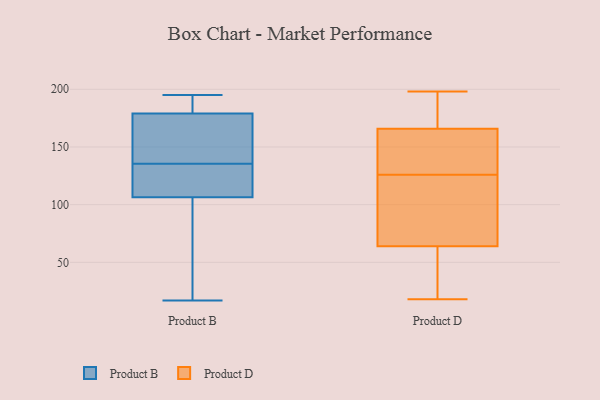
{"axis": {"x": "Bounce Rate (%)", "y": "Value"}, "legend": ["Product B", "Product D"], "data": [{"x": "", "y": 144, "type": "Product B"}, {"x": "", "y": 104, "type": "Product B"}, {"x": "", "y": 134, "type": "Product B"}, {"x": "", "y": 181, "type": "Product B"}, {"x": "", "y": 26, "type": "Product B"}, {"x": "", "y": 177, "type": "Product B"}, {"x": "", "y": 137, "type": "Product B"}, {"x": "", "y": 17, "type": "Product B"}, {"x": "", "y": 110, "type": "Product B"}, {"x": "", "y": 195, "type": "Product B"}, {"x": "", "y": 190, "type": "Product B"}, {"x": "", "y": 109, "type": "Product B"}, {"x": "", "y": 117, "type": "Product D"}, {"x": "", "y": 70, "type": "Product D"}, {"x": "", "y": 62, "type": "Product D"}, {"x": "", "y": 18, "type": "Product D"}, {"x": "", "y": 126, "type": "Product D"}, {"x": "", "y": 174, "type": "Product D"}, {"x": "", "y": 89, "type": "Product D"}, {"x": "", "y": 196, "type": "Product D"}, {"x": "", "y": 198, "type": "Product D"}, {"x": "", "y": 48, "type": "Product D"}, {"x": "", "y": 134, "type": "Product D"}, {"x": "", "y": 156, "type": "Product D"}, {"x": "", "y": 59, "type": "Product D"}, {"x": "", "y": 29, "type": "Product D"}, {"x": "", "y": 78, "type": "Product D"}, {"x": "", "y": 130, "type": "Product D"}, {"x": "", "y": 175, "type": "Product D"}, {"x": "", "y": 138, "type": "Product D"}, {"x": "", "y": 169, "type": "Product D"}]}